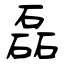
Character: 磊